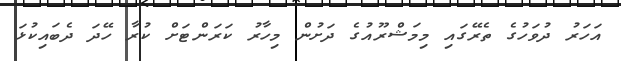
އަހަރު ދުވަހުގެ ތެރޭގައި މިމަޝްރޫއުގެ ދަށުން މިހާރު ކަރަންޓަށް ކުރާ ހޭދަ ދެބައިކުޅަ